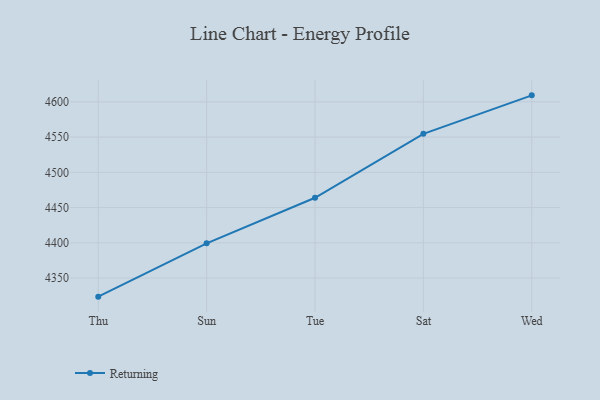
{"axis": {"x": "Day", "y": "Demand Index"}, "legend": ["Returning"], "data": [{"x": "Thu", "y": 4323.6, "type": "Returning"}, {"x": "Sun", "y": 4399.2, "type": "Returning"}, {"x": "Tue", "y": 4463.9, "type": "Returning"}, {"x": "Sat", "y": 4554.6, "type": "Returning"}, {"x": "Wed", "y": 4609.2, "type": "Returning"}]}